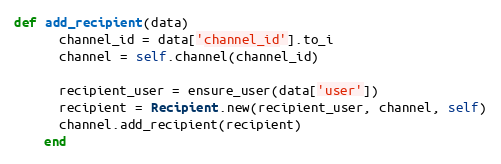
Language: Ruby
def add_recipient(data)
      channel_id = data['channel_id'].to_i
      channel = self.channel(channel_id)

      recipient_user = ensure_user(data['user'])
      recipient = Recipient.new(recipient_user, channel, self)
      channel.add_recipient(recipient)
    end